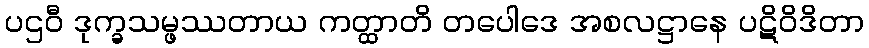
ပဌဝီ ဒုက္ခသမ္ဖဿတာယ ကတ္ထာတိ တပေါဒေ အစလဋ္ဌာနေ ပဋိဝိဒိတာ